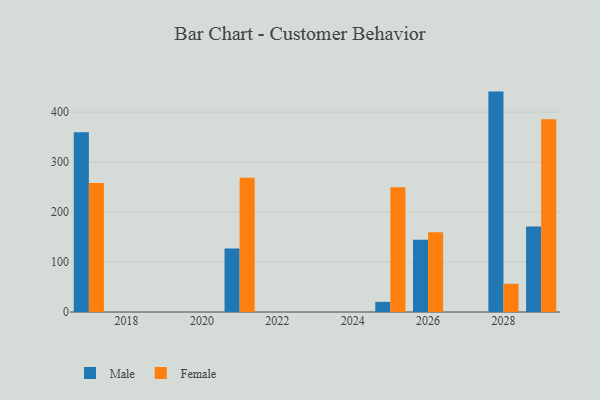
{"axis": {"x": "Year", "y": "Latency (ms)"}, "legend": ["Female", "Male"], "data": [{"x": "2028", "y": 441.1, "type": "Male"}, {"x": "2028", "y": 56.5, "type": "Female"}, {"x": "2021", "y": 127.1, "type": "Male"}, {"x": "2021", "y": 268.5, "type": "Female"}, {"x": "2017", "y": 359.6, "type": "Male"}, {"x": "2017", "y": 258.2, "type": "Female"}, {"x": "2026", "y": 144.4, "type": "Male"}, {"x": "2026", "y": 159.5, "type": "Female"}, {"x": "2029", "y": 171.2, "type": "Male"}, {"x": "2029", "y": 385.9, "type": "Female"}, {"x": "2025", "y": 20.3, "type": "Male"}, {"x": "2025", "y": 249.9, "type": "Female"}]}